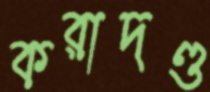
করাদণ্ড